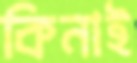
কিনাই